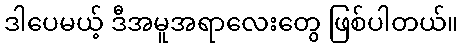
ဒါပေမယ့် ဒီအမူအရာလေးတွေ ဖြစ်ပါတယ်။